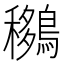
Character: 𪅨